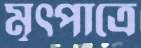
মৃত্পাত্রে